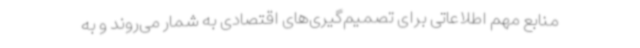
منابع مهم اطلاعاتی برای تصمیم‌گیری‌های اقتصادی به شمار می‌روند و به